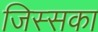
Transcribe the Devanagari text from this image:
जिस्सका